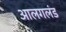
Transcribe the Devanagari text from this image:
आलगलंड